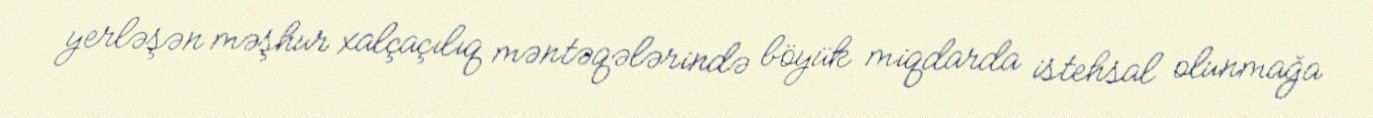
yerləşən məşhur xalçaçılıq məntəqələrində böyük miqdarda istehsal olunmağa